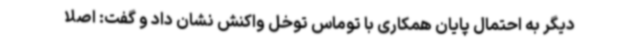
دیگر به احتمال پایان همکاری با توماس توخل واکنش نشان داد و گفت: اصلا